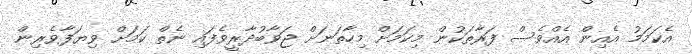
އެކަމަމު އެއިން އެއްވެސް ފަރާތަކުން މިކަމަށް މިހާތަނަށް ޖަވާބުދާރީވެފައި ނެތް ކަމަށް ވިޔަފާވެރިން